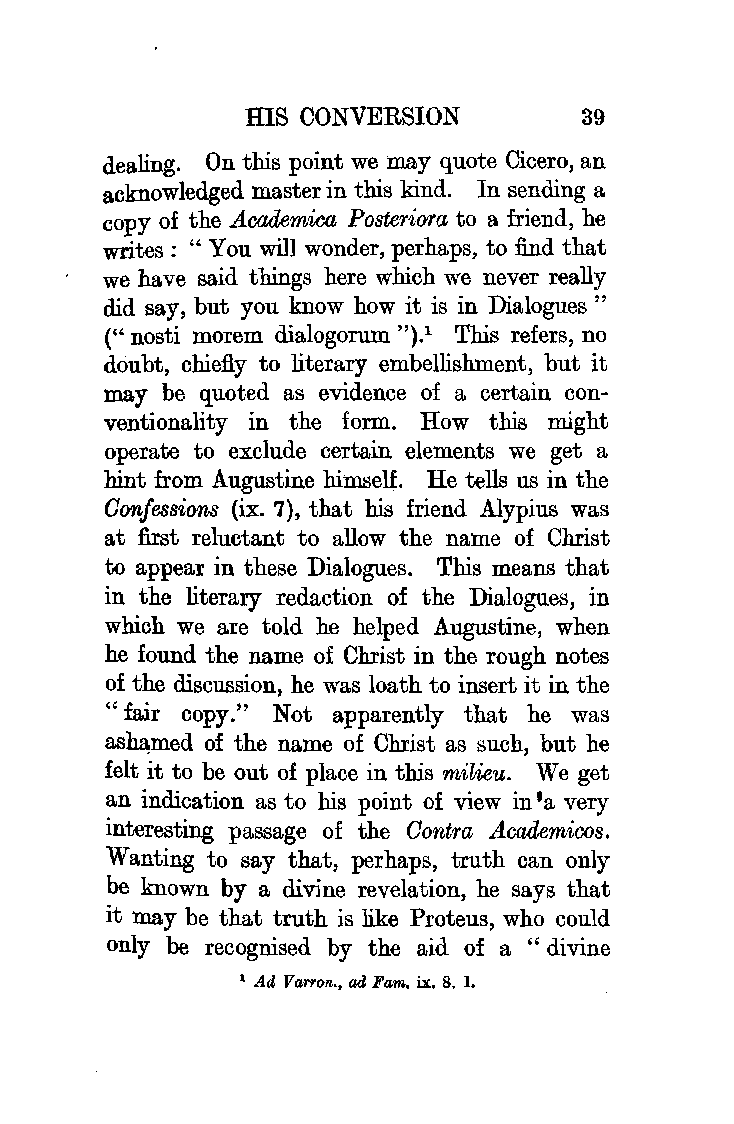
HIS CONVERSION        39
 dealing. On this point we may quote Cicero, an
 acknowledged master in this kind. In sending a
 copy of the Academica Posteriora to a friend, he
 writes: "You will wonder, perhaps, to find that
 we have said things here which we never really
 did say, but you know how it is in Dialogues "
 (" nosti morem dialogorum ").1 This refers, no
 doubt, chiefly to literary embellishment, but it
 may be quoted as evidence of a certain con
 ventionality in the form. How this might
 operate to exclude certain elements we get a
 hint from Augustine bimseU. He tells us in the
 Confessions (ix. 7), that his friend Alypius was
 at first reluctant to allow the name of Christ
 to appear in these Dialogues. This means that
 in the literary redaction of the Dialogues, in
 which we are told he helped Augustine, when
 he found the name of Christ in the rough notes
 of the discussion, he was loath to insert it in the
 "fair copy." Not apparently that he was
 as~med of the name of Christ as such, but he
 felt it to be out of place in this milieu. We get
 an indication as to his point of view in •a very
 interesting passage of the Contra Academicos.
 Wanting to say that, perhaps, truth can only
 be known by a divine revelation, he says that
 it may be that truth is like Proteus, who could
 only be recognised by the aid of a " divine
 1 Ad Varron., ad Fam. ix. 8. 1.